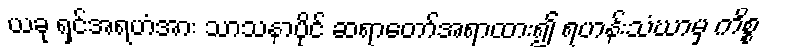
ယခု ရှင်အရဟံအား သာသနာပိုင် ဆရာတော်အရာထား၍ ရဟန်းသံဃာမှ ကိစ္စ